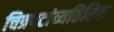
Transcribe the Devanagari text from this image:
चित्रपटांव्यतिरिक्त